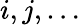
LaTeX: i,j,\dots